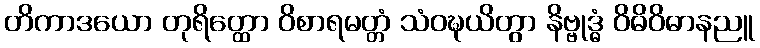
တိကာဒယော တုရိတ္ထော ဝိစာရမတ္တံ သံဝဍ္ဎယိတွာ နိဗ္ဗုဒ္ဓံ ဝိဓိဝိဓာနညူ